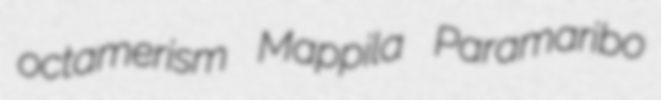
octamerism Mappila Paramaribo